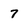
Character: 7